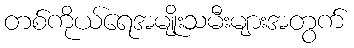
တစ်ကိုယ်ရေအမျိုးသမီးများအတွက်